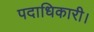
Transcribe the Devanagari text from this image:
पदाधिकारी।